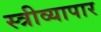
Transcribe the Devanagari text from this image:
स्त्रीव्यापार